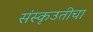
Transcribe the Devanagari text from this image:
संस्कृउतीचा